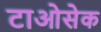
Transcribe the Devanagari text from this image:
टाओसेक